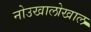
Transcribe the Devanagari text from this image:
नोउखालोखाल